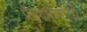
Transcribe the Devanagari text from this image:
प्रेसधारकांनीही